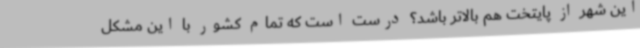
این شهر از پایتخت هم بالاتر باشد؟ درست است که تمام کشور با این مشکل